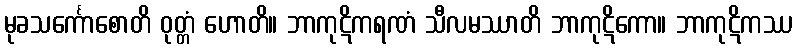
မုခသင်္ကောစောတိ ဝုတ္တံ ဟောတိ။ ဘာကုဋိကရဏံ သီလမဿာတိ ဘာကုဋိကော။ ဘာကုဋိကဿ